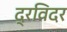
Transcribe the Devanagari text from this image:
द्रविदर